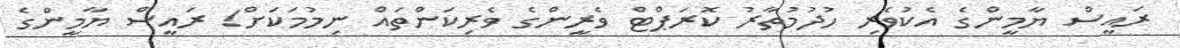
ރައީސް ޔާމީންގެ އެކުވެރި ހުދުމުތާރު ކޮރަޕްޓް ވެރީންގެ ވެރިކަންތައް ނިމުމަކަށް! ރައީސް ޔާމީންގެ